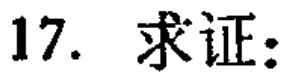
17. 求证：